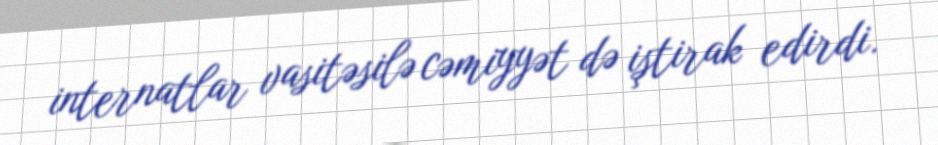
internatlar vasitəsilə cəmiyyət də iştirak edirdi.